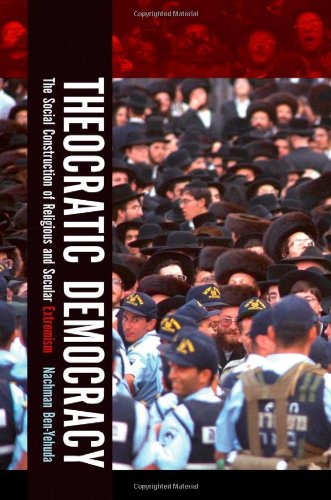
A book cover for Theocratic Democracy: The Social Construction of Religious and Secular Extremism; Nachman Ben-Yehuda; Religion & Spirituality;